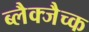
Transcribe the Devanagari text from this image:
ब्लैक्जैच्क